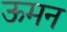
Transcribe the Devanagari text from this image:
ऊमन